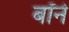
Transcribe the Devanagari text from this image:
बॉने